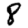
Digit: 8